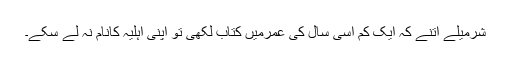
شرمیلے اتنے کہ ایک کم اسّی سال کی عمرمیں کتاب لکھی تو اپنی اہلیہ کانام نہ لے سکے۔